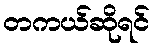
တကယ်ဆိုရင်